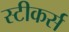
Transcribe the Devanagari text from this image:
स्टीकर्स